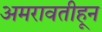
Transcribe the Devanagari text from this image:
अमरावतीहून